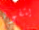
يتفوه